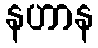
နဟာန